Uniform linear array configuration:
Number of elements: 16
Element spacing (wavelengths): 0.75
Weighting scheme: blackman
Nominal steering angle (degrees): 30
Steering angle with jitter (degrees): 29.79
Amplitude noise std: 0.05
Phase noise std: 0.05

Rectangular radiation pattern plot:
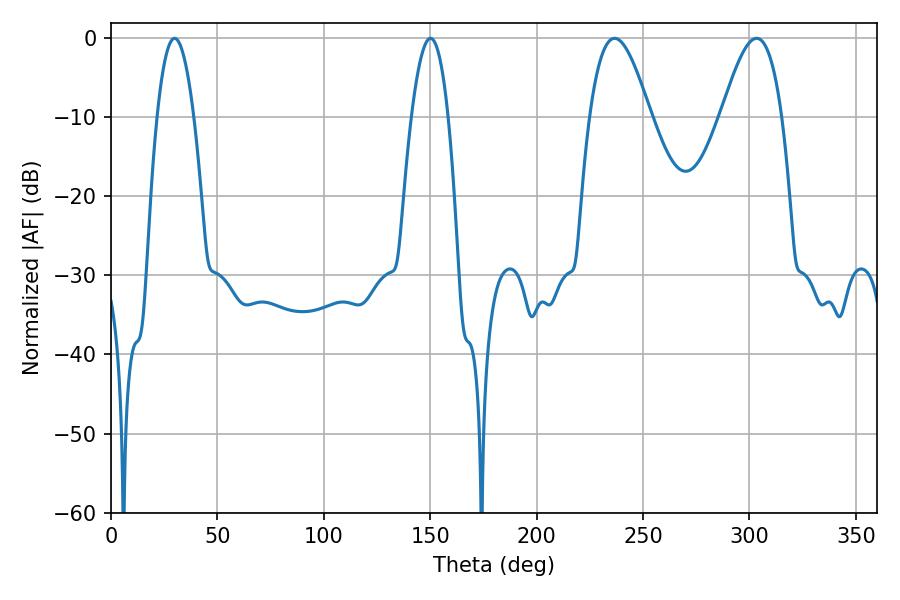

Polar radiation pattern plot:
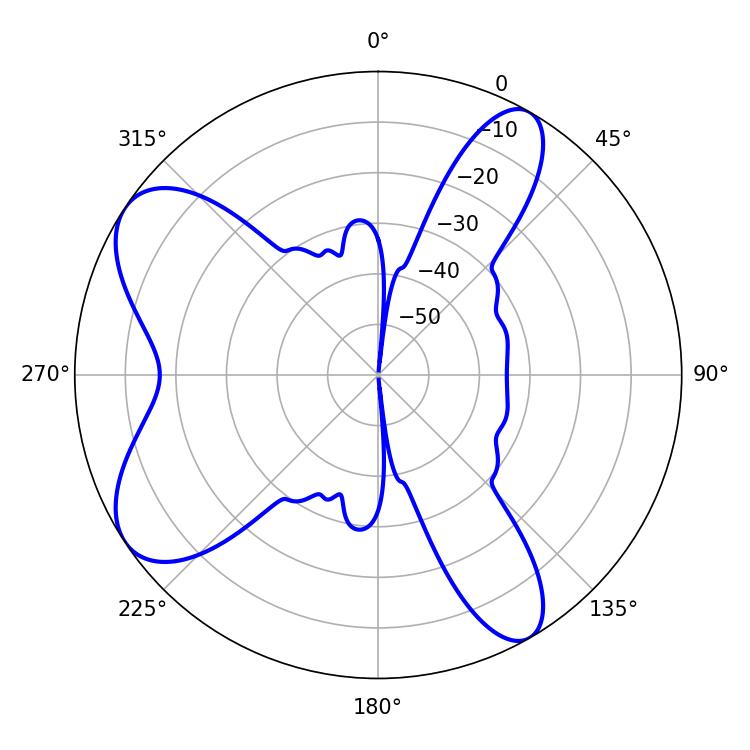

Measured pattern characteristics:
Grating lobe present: TRUE
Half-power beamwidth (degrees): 9.54
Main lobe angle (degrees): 29.88